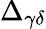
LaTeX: \Delta_{\gamma\delta}